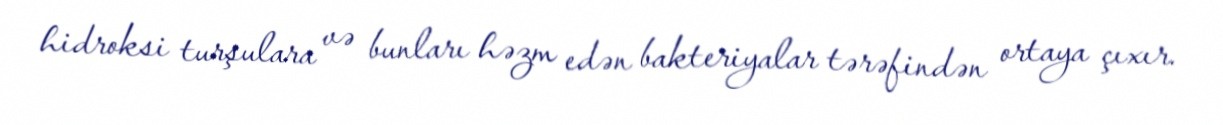
hidroksi turşulara və bunları həzm edən bakteriyalar tərəfindən ortaya çıxır.